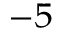
^ { - 5 }